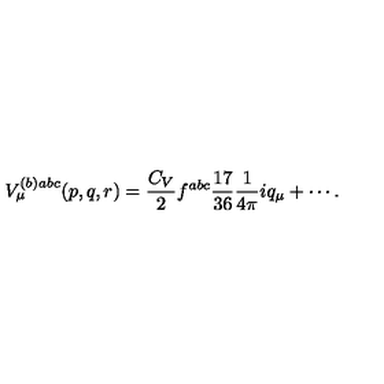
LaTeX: \begin{array} { l } { V _ { \mu } ^ { ( b ) a b c } ( p , q , r ) = \displaystyle \frac { C _ { V } } 2 f ^ { a b c } \frac { 1 7 } { 3 6 } \frac 1 { 4 \pi } i q _ { \mu } + \cdots . } \\ \end{array}